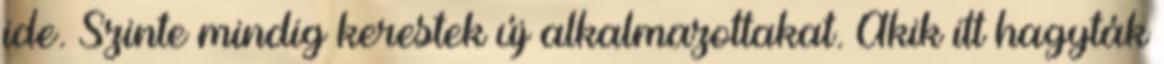
ide. Szinte mindig kerestek új alkalmazottakat. Akik itt hagyták